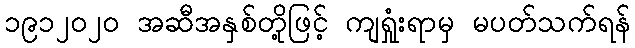
၁၉၁၂၀၂၀ အဆီအနှစ်တို့ဖြင့် ကျရှုံးရာမှ မပတ်သက်ရန်